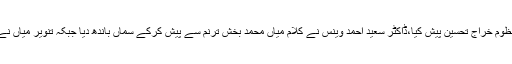
معروف شعراء جاوید اختر جاوید اور وقار نسیم وامقؔ نے اپنے اشعار میں بریگیڈئیر طاہر کو منظوم خراجِ تحسین پیش کیا،ڈاکٹر سعید احمد وینس نے کلامِ میاں محمد بخش ترنم سے پیش کرکے سماں باندھ دیا جبکہ تنویر میاں نے ملی نغمہ ’’ یہ وطن تمہارا ہے، تم ہو پاسباں اس کے‘‘ پیش کرکے سامعین کے دل جیت لئے۔